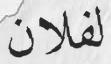
لفلان